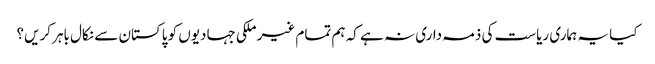
کیا یہ ہماری ریاست کی ذمہ داری نہ ہے کہ ہم تمام غیر ملکی جہادیوں کو پاکستان سے نکال باہر کریں؟